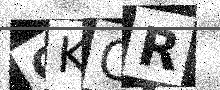
Text: GKOR